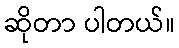
ဆိုတာ ပါတယ်။